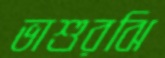
ভাশুরঝি